Report on horse surra - Volume II, Part II
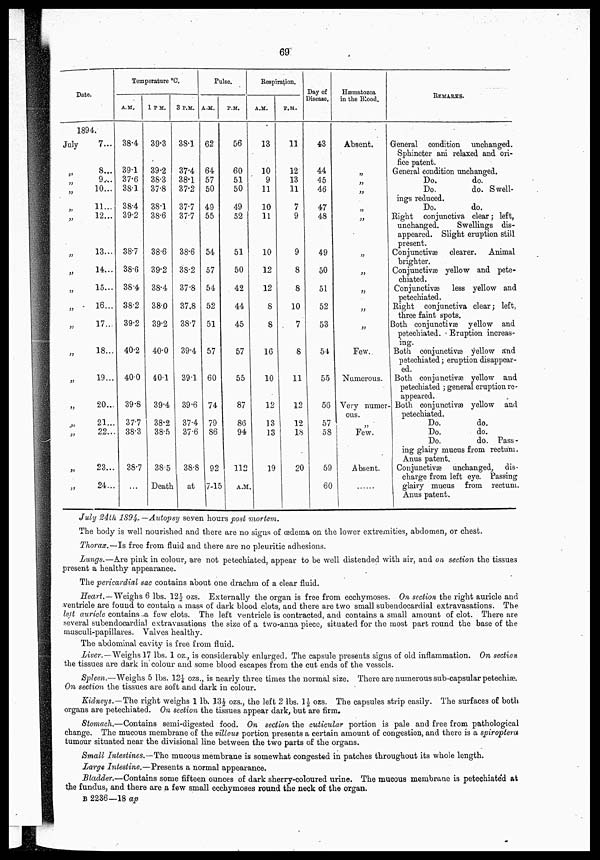
69
Date.
1894.
July
„
„
„
„
„
„
„
„
„
„
„
„
„
„
„
„
„
7...
8...
9...
10...
11...
12...
13...
14...
15...
16...
17...
18...
19...
20...
21...
22...
23...
24...
Temperature ºC.
A.M.
38.4
39.1
37.6
38.1
38.4
39.2
38.7
38.6
38.4
38.2
39.2
40.2
40.0
39.8
37.7
38.3
38.7
...
1 P.M.
39.3
39.2
38.3
37.8
38.1
38.6
38.6
39.2
38.4
38.0
39.2
40.0
40.1
39.4
38.2
38.5
38.5
Death
3 P.M.
38.1
37.4
38.1
37.2
37.7
37.7
38.6
38.2
37.8
37.8
38.7
39.4
39.1
39.6
37.4
37.6
38.8
at
Pulse.
A.M.
62
64
57
50
49
55
54
57
54
52
51
57
60
74
79
86
92
7-15
P.M.
56
60
51
50
49
52
51
50
42
44
45
57
55
87
86
94
112
A.M.
Respiration.
A.M.
13
10
9
11
10
11
10
12
12
8
8
16
10
12
13
13
19
P.M.
11
12
13
11
7
9
9
8
8
10
7
8
11
12
12
18
20
Day of
Disease.
43
44
45
46
47
48
49
50
51
52
53
54
55
56
57
58
59
60
Hæmatozoa
in the Blood.
Absent.
„
„
„
„
„
„
„
„
„
„
Few.
Numerous.
Very numer¬
ous.
„
Few.
Absent.
......
REMARKS.
General condition unchanged.
Sphincter ani relaxed and ori-
fice patent.
General condition unchanged.
Do.
do.
Do.
do. Swell-
ings reduced.
Do.
do.
Right conjunctiva clear ; left,
unchanged.
Swellings dis-
appeared. Slight eruption still
present.
Conjunctivæ clearer. Animal
brighter.
Conjunctivæ yellow and pete-
chiated.
Conjunctivæ
less yellow and
petechiated.
Right conjunctiva clear ; left,
three faint spots.
Both conjunctivæ yellow and
petechiated. Eruption increas-
ing.
Both conjunctivæ yellow and
petechiated ; eruption disappear-
ed.
Both conjunctivæ yellow and
petechiated ; general eruption re-
appeared.
Both conjunctivæ yellow and
petechiated.
Do.
do.
Do.
do.
Do.
do. Pass-
ing glairy mucus from rectum.
Anus patent.
Conjunctivæ unchanged, dis-
charge from left eye. Passing
glairy mucus from rectum.
Anus patent.
July 24th 1894. —Autopsy seven hours post mortem.
The body is well nourished and there are no signs of œdema on the lower extremities, abdomen, or chest.
Thorax.—Is free from fluid and there are no pleuritic adhesions.
Lungs.—Are pink in colour, are not petechiated, appear to be well distended with air, and on section the tissues
present a healthy appearance.
The pericardial sac contains about one drachm of a clear fluid.
Heart.—Weighs 6 lbs. 12½ ozs. Externally the organ is free from ecchymoses. On section the right auricle and
ventricle are found to contain a mass of dark blood clots, and there are two small subendocardial extravasations. The
left auricle contains a few clots. The left ventricle is contracted, and contains a small amount of clot. There are
several subendocardial extravasations the size of a two-anna piece, situated for the most part round the base of the
musculi-papillares. Valves healthy.
The abdominal cavity is free from fluid.
Liver.—Weighs 17 lbs. 1 oz., is considerably enlarged. The capsule presents signs of old inflammation. On section
the tissues are dark in colour and some blood escapes from the cut ends of the vessels.
Spleen.—Weighs 5 lbs. 12¼ ozs., is nearly three times the normal size. There are numerous sub-capsular petechiæ.
On section the tissues are soft and dark in colour.
Kidneys.— The right weighs 1 lb. 13½ ozs., the left 2 lbs. 1½ ozs. The capsules strip easily. The surfaces of both
organs are petechiated. On section the tissues appear dark, but are firm.
Stomach.—Contains semi-digested food. On section the cuticular portion is pale and free from pathological
change. The mucous membrane of the villous portion presents a certain amount of congestion, and there is a spiroptera
tumour situated near the divisional line between the two parts of the organs.
Small Intestines.—The mucous membrane is somewhat congested in patches throughout its whole length.
Large Intestine.—Presents a normal appearance.
Bladder.—Contains some fifteen ounces of dark sherry-coloured urine. The mucous membrane is petechiated at
the fundus, and there are a few small ecchymoses round the neck of the organ.
B 2236—18 ap